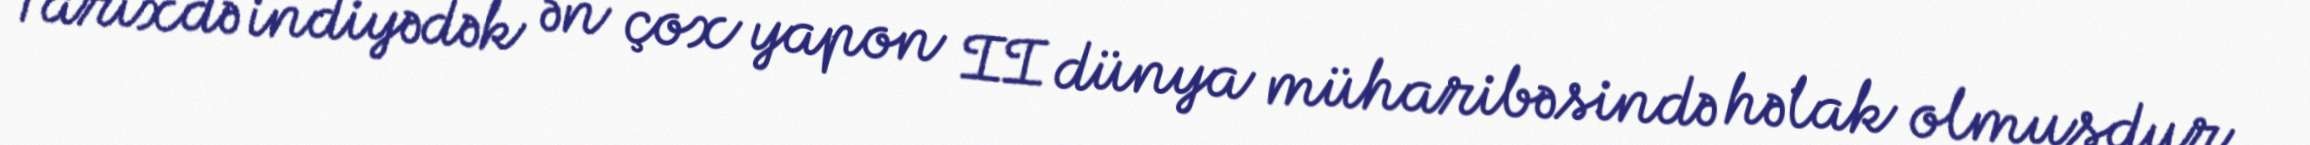
Tarixdə indiyədək ən çox yapon II dünya müharibəsində həlak olmuşdur.